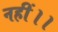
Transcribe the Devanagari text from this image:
नहीं।।